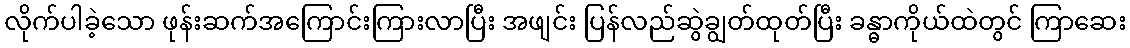
လိုက်ပါခဲ့သော ဖုန်းဆက်အကြောင်းကြားလာပြီး အဖျင်း ပြန်လည်ဆွဲချွတ်ထုတ်ပြီး ခန္ဓာကိုယ်ထဲတွင် ကြာဆေး